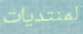
لمنتديات